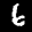
Label: 6